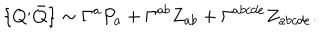
\{ Q ^ { , } \bar { Q } \} \sim \Gamma ^ { a } P _ { a } + \Gamma ^ { a b } Z _ { a b } + \Gamma ^ { a b c d e } Z _ { a b c d e } .